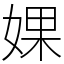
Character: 婐